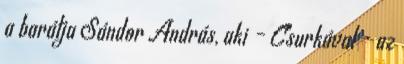
a ba­rátja Sándor András, aki – Csurkával - az